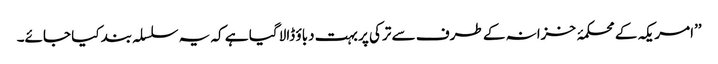
’’امریکہ کے محکمۂ خزانہ کے طرف سے ترکی پر بہت دباؤ ڈالا گیا ہے کہ یہ سلسلہ بند کیا جائے۔